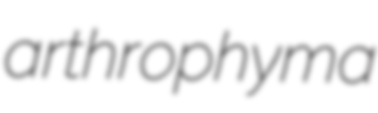
arthrophyma